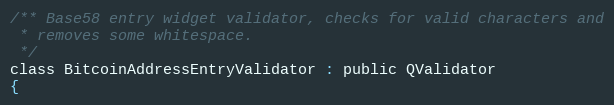
Language: C
/** Base58 entry widget validator, checks for valid characters and
 * removes some whitespace.
 */
class BitcoinAddressEntryValidator : public QValidator
{